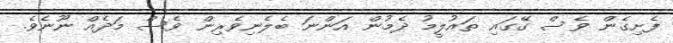
ފެށިގެން ވެސް ގޭގައި ތައުލީމު ދެމުން އަންނަ ބެލެނިވެރިން ވެސް މަދެއް ނޫނެވެ.